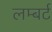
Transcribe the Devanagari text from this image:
लम्बर्ट